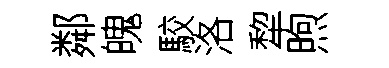
鄰魄駮洛犂煦